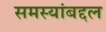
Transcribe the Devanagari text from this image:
समस्यांबद्दल